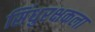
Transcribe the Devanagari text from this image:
सिंधुरक्षकला